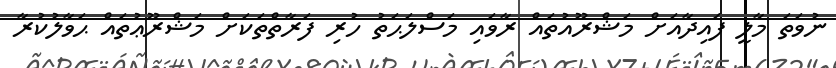
ނުވަތަ މާލީ ފައިދާއަށް މަޝްރޫއުތައް ރާވައި މަސްލަޙަތު ހުރި ފަރާތްތަކަށް މަޝްރޫޢުތައް ޙަވާލުކުރާ